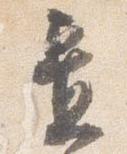
置